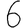
Digit: 6